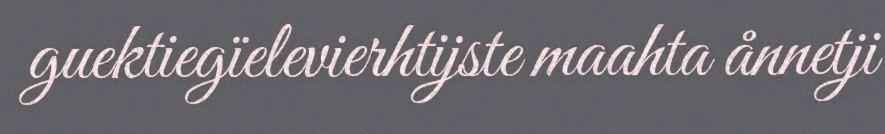
guektiegïelevierhtijste maahta ånnetji